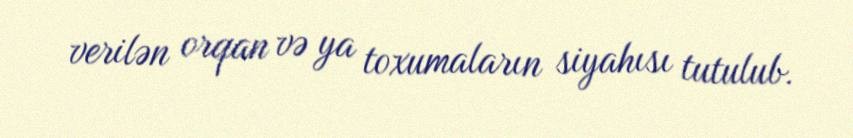
verilən orqan və ya toxumaların siyahısı tutulub.